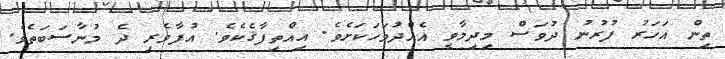
ތިން އަހަރު ފުރުނު ދުވަސް މިދިމާވީ އެއްދުވަހަކަށެވެ. އިއްތިފާޤެކެވެ. އުފާވެރި ދެ މުނާސަބަތެވެ.